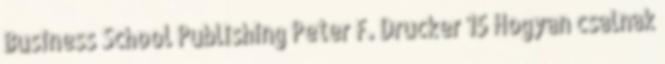
Business School Publishing Peter F. Drucker 15 Hogyan csalnak